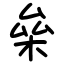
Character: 㕖